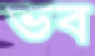
ভব